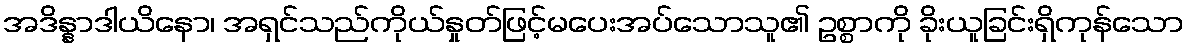
အဒိန္နာဒါယိနော၊ အရှင်သည်ကိုယ်နှုတ်ဖြင့်မပေးအပ်သောသူ၏ ဥစ္စာကို ခိုးယူခြင်းရှိကုန်သော